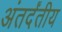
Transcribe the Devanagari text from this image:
अंतर्दंतीय